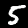
Label: 5